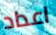
اعداد